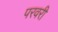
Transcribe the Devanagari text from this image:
परवरी